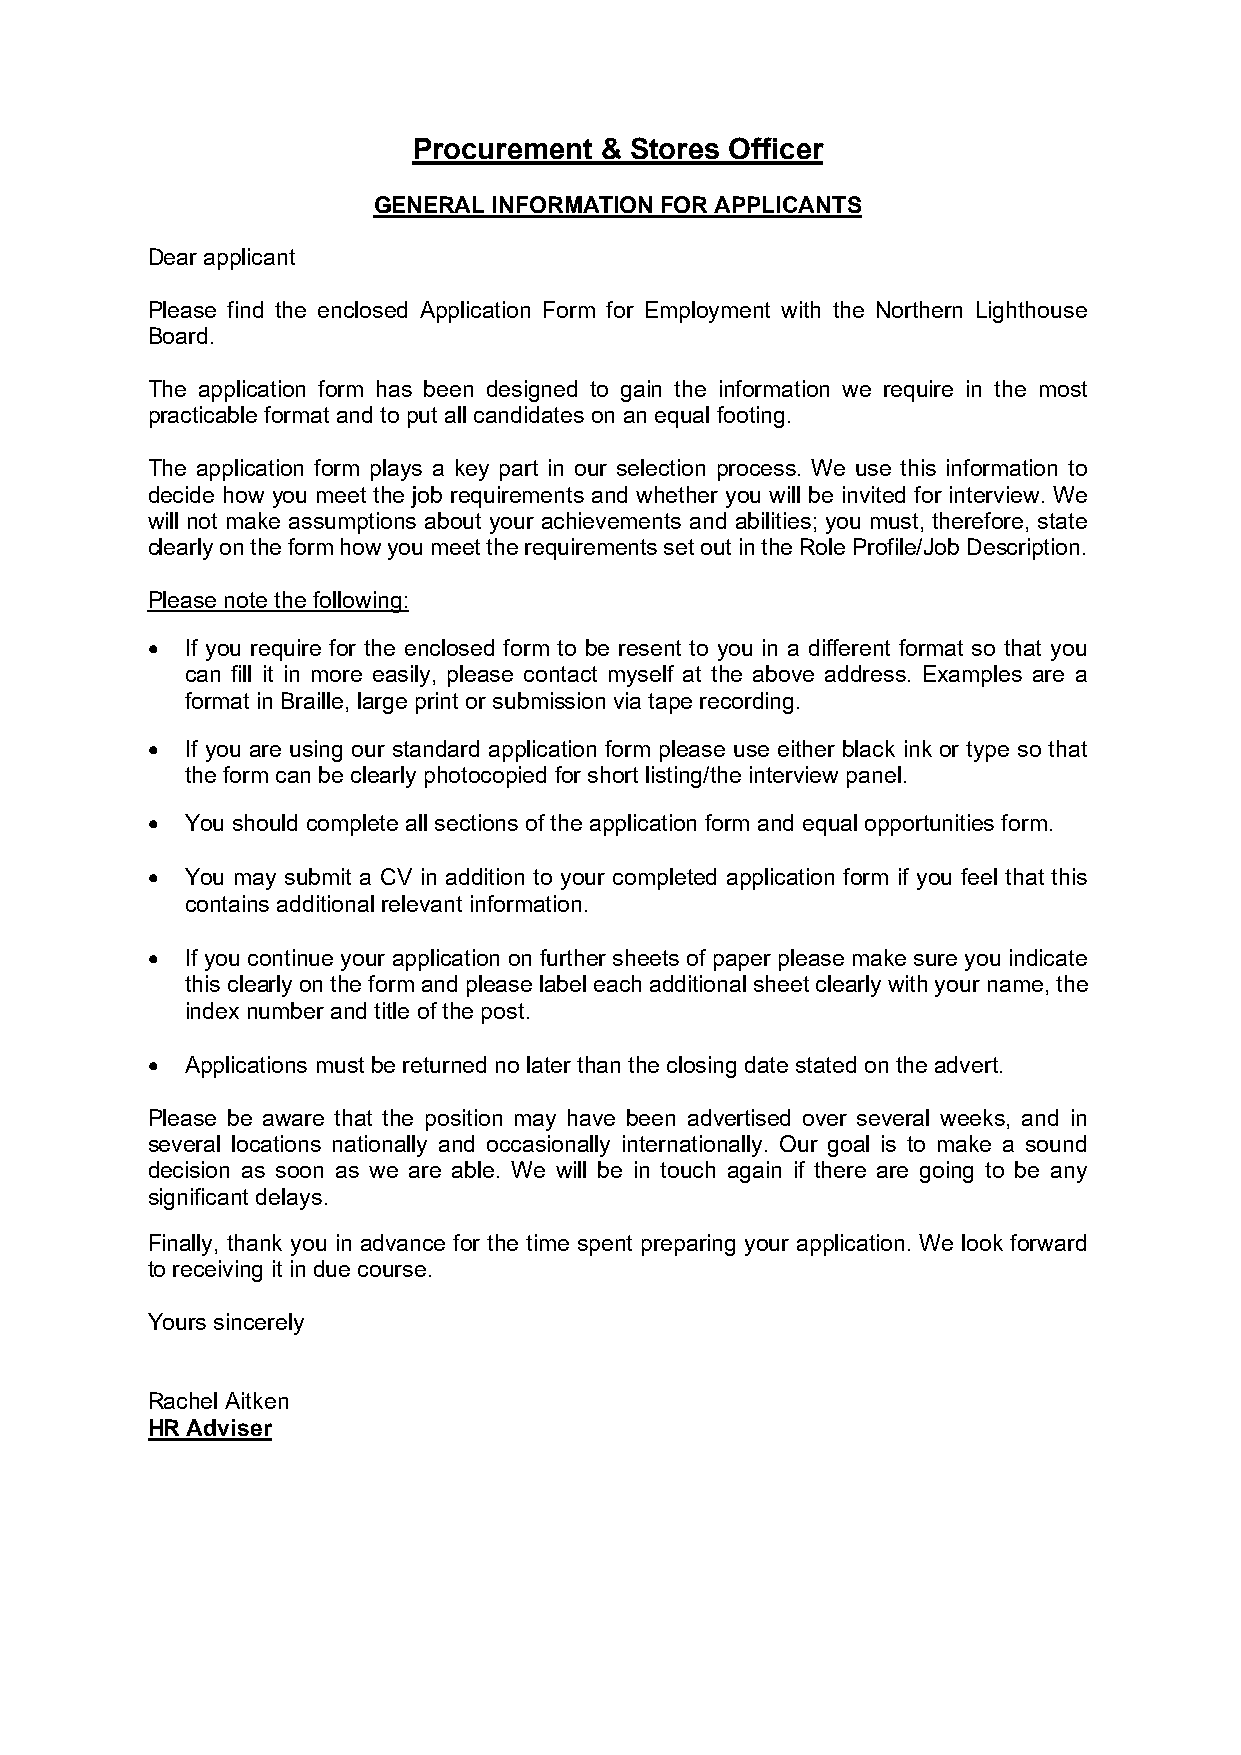
Procurement  & Stores Officer
 GENERAL INFORMATION FOR APPLICANTS
 Dear applicant
 Please find the enclosed Application Form for Employment with the Northern Lighthouse
 Board.
 The application form has been designed to gain the information we require in the most
 practicable format and to put all candidates on an equal footing.
 The application form plays a key part in our selection process. We use this information to
 decide how you meet the job requirements and whether you will be invited for interview. We
 will not make assumptions about your achievements and abilities; you must, therefore, state
 clearly on the form how you meet the requirements set out in the Role Profile/Job Description.
 Please note the following:
 • If you require for the enclosed form to be resent to you in a different format so that you
 can fill it in more easily, please contact myself at the above address. Examples are a
 format in Braille, large print or submission via tape recording.
 • If you are using our standard application form please use either black ink or type so that
 the form can be clearly photocopied for short listing/the interview panel.
 • You should complete all sections of the application form and equal opportunities form.
 • You may submit a CV in addition to your completed application form if you feel that this
 contains additional relevant information.
 • If you continue your application on further sheets of paper please make sure you indicate
 this clearly on the form and please label each additional sheet clearly with your name, the
 index number and title of the post.
 • Applications must be returned no later than the closing date stated on the advert.
 Please be aware that the position may have been advertised over several weeks, and in
 several locations nationally and occasionally internationally. Our goal is to make a sound
 decision as soon as we are able. We will be in touch again if there are going to be any
 significant delays.
 Finally, thank you in advance for the time spent preparing your application. We look forward
 to receiving it in due course.
 Yours sincerely
 Rachel Aitken
 HR Adviser